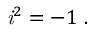
{ \mathit { i } } ^ { 2 } = - 1 \ .